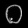
Digit: ၀